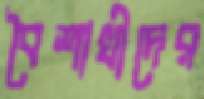
বৈশাখীদের